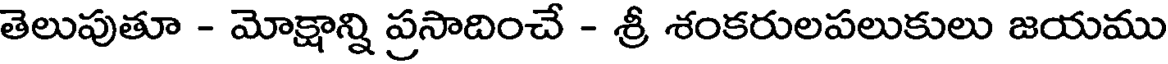
తెలుపుతూ - మోక్షాన్ని ప్రసాదించే - శ్రీ శంకరులపలుకులు జయము